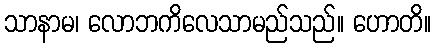
သာနာမ၊ လောဘကိလေသာမည်သည်။ ဟောတိ။